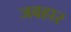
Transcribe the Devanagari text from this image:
जवहार